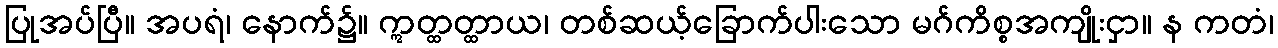
ပြုအပ်ပြီ။ အပရံ၊ နောက်၌။ ဣတ္ထတ္ထာယ၊ တစ်ဆယ့်ခြောက်ပါးသော မဂ်ကိစ္စအကျိုးငှာ။ န ကတံ၊